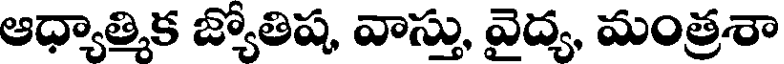
ఆధ్యాత్మిక జ్యోతిష, వాస్తు, వైద్య, మంత్రశా